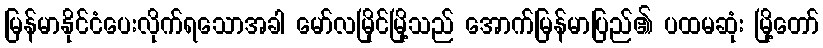
မြန်မာနိုင်ငံပေးလိုက်ရသောအခါ မော်လမြိုင်မြို့သည် အောက်မြန်မာပြည်၏ ပထမဆုံး မြို့တော်